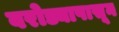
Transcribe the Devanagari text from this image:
वरोड्यापासून